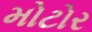
મોટોર